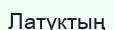
Латуктың